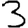
Digit: 3